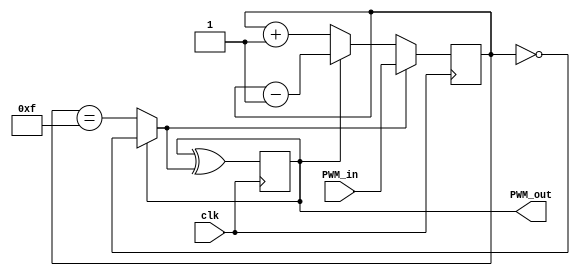
`timescale 1ns / 1ps
//////////////////////////////////////////////////////////////////////////////////
// Company: 
// Engineer: 
// 
// Design Name: 
// Module Name: PWM_upDown
// Project Name: 
// Target Devices: 
// Tool Versions: 
// Description: 
// 
// Dependencies: 
// 
// Revision:
// Revision 0.01 - File Created
// Additional Comments:
// 
//////////////////////////////////////////////////////////////////////////////////


module PWM(
    input clk,
    input [3:0] PWM_in,
    output PWM_out
);

reg [3:0] cnt=4'd0;
reg cnt_dir=1'b0;  // 0 to count up, 1 to count down
wire [3:0] cnt_next = cnt_dir ? cnt-1'b1 : cnt+1'b1;
wire cnt_end = cnt_dir ? cnt==4'b0000 : cnt==4'b1111;

always @(posedge clk) cnt <= cnt_end ? PWM_in : cnt_next;
always @(posedge clk) cnt_dir <= cnt_dir ^ cnt_end;
assign PWM_out = cnt_dir;
endmodule